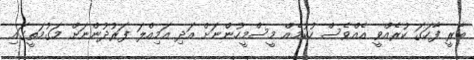
ބާރީ ފާހަގަ ކުރެއްވީ އެއްވެސް ހުކުމެއް މީސްމީހުންނަށް އަދި އަމިއްލަ ފަރުދުންނަށް މަގުމަތީގައި